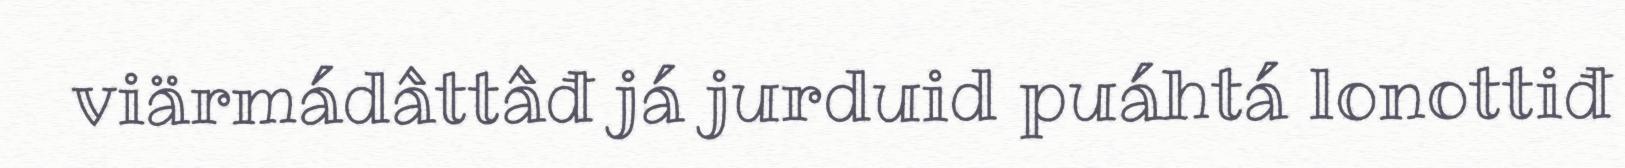
viärmádâttâđ já jurduid puáhtá lonottiđ